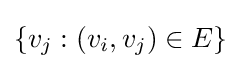
\{v_{j}:(v_{i},v_{j})\in E\}